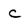
Character: C